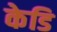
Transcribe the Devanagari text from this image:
केडि